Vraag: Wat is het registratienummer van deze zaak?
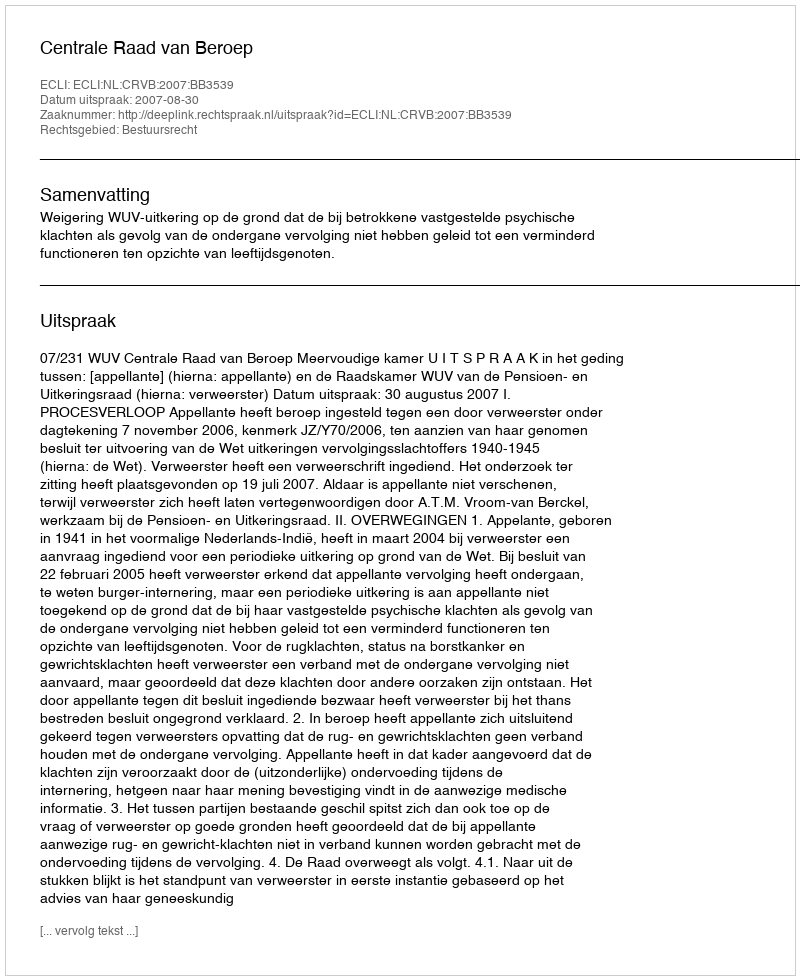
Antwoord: http://deeplink.rechtspraak.nl/uitspraak?id=ECLI:NL:CRVB:2007:BB3539